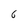
Character: 6